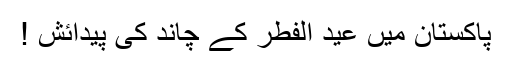
پاکستان میں عید الفطر کے چاند کی پیدائش !